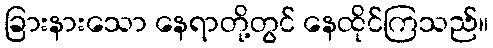
ခြားနားသော နေရာတို့တွင် နေထိုင်ကြသည်။